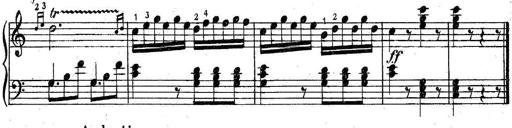
Title: 6 Easy Sonatinas
Composer: Carl Czerny